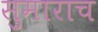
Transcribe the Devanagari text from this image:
सुमाराच